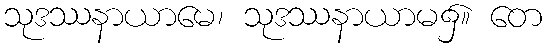
သုဒဿနာယာမေ၊ သုဒဿနာယာမ၌။ တေ